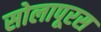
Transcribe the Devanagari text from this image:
सोलापूरस